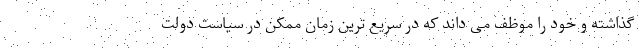
گذاشته و خود را موظف می داند که در سریع ترین زمان ممکن در سیاست دولت